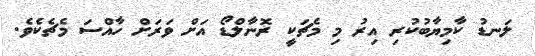
ލަނޑު ކާމިޔާބުކުރި އިރު މި މެޗަކީ ރޮނާލްޑޯ އަށް ވަރަށް ހާއްސަ މެޗެކެވެ.